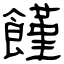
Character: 饉